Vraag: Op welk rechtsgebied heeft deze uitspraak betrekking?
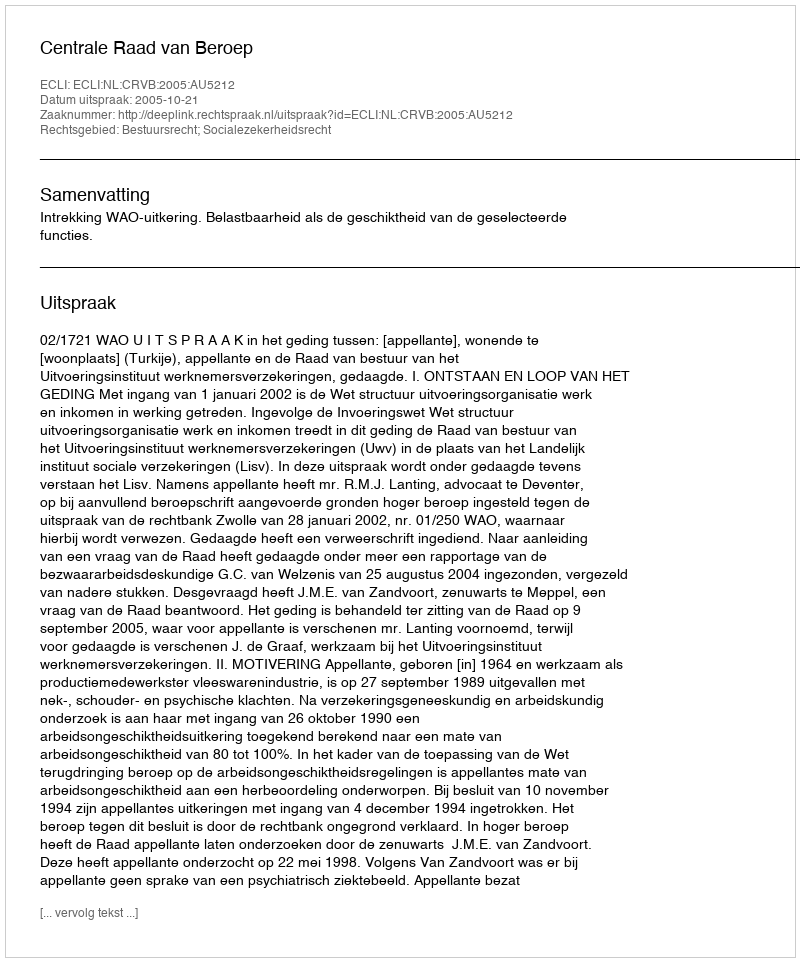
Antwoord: Bestuursrecht; Socialezekerheidsrecht